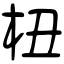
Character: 杻